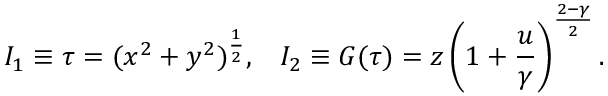
I _ { 1 } \equiv \tau = ( x ^ { 2 } + y ^ { 2 } ) ^ { \frac { 1 } { 2 } } , \; \; \; I _ { 2 } \equiv G ( \tau ) = z \left( 1 + { \frac { u } { \gamma } } \right) ^ { \frac { 2 - \gamma } { 2 } } .